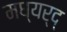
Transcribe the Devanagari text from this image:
मध्यर्द्